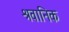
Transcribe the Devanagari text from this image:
श्रवानिक